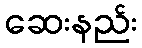
ဆေးနည်း